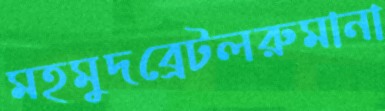
মহমুদব্রেটলরুমানা